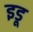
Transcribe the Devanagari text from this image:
इडू